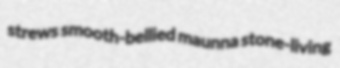
strews smooth-bellied maunna stone-living